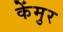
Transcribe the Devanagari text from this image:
केंमुर